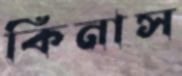
কিনাস